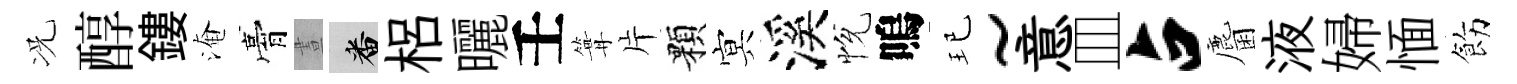
况醇鏤淹膏晝番梠曬壬篝片顆㝠溪恱嗚玘~意皿占麕液婦愐飭